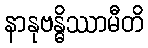
နာနုဗန္ဓိဿာမီတိ